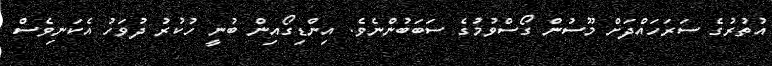
އުތުރުގެ ސަރަހައްދަށް މޫސުން ގޯސްވުމުގެ ސަބަބުންނެވެ. އިންޑިގޯއިން ބުނީ ހުކުރު ދުވަހު އެކަނިވެސް